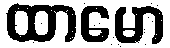
ထာမော